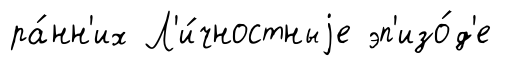
ра́нн'их Л'и́чностныjе эп'изо́д'е